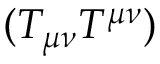
( T _ { \mu \nu } T ^ { \mu \nu } )